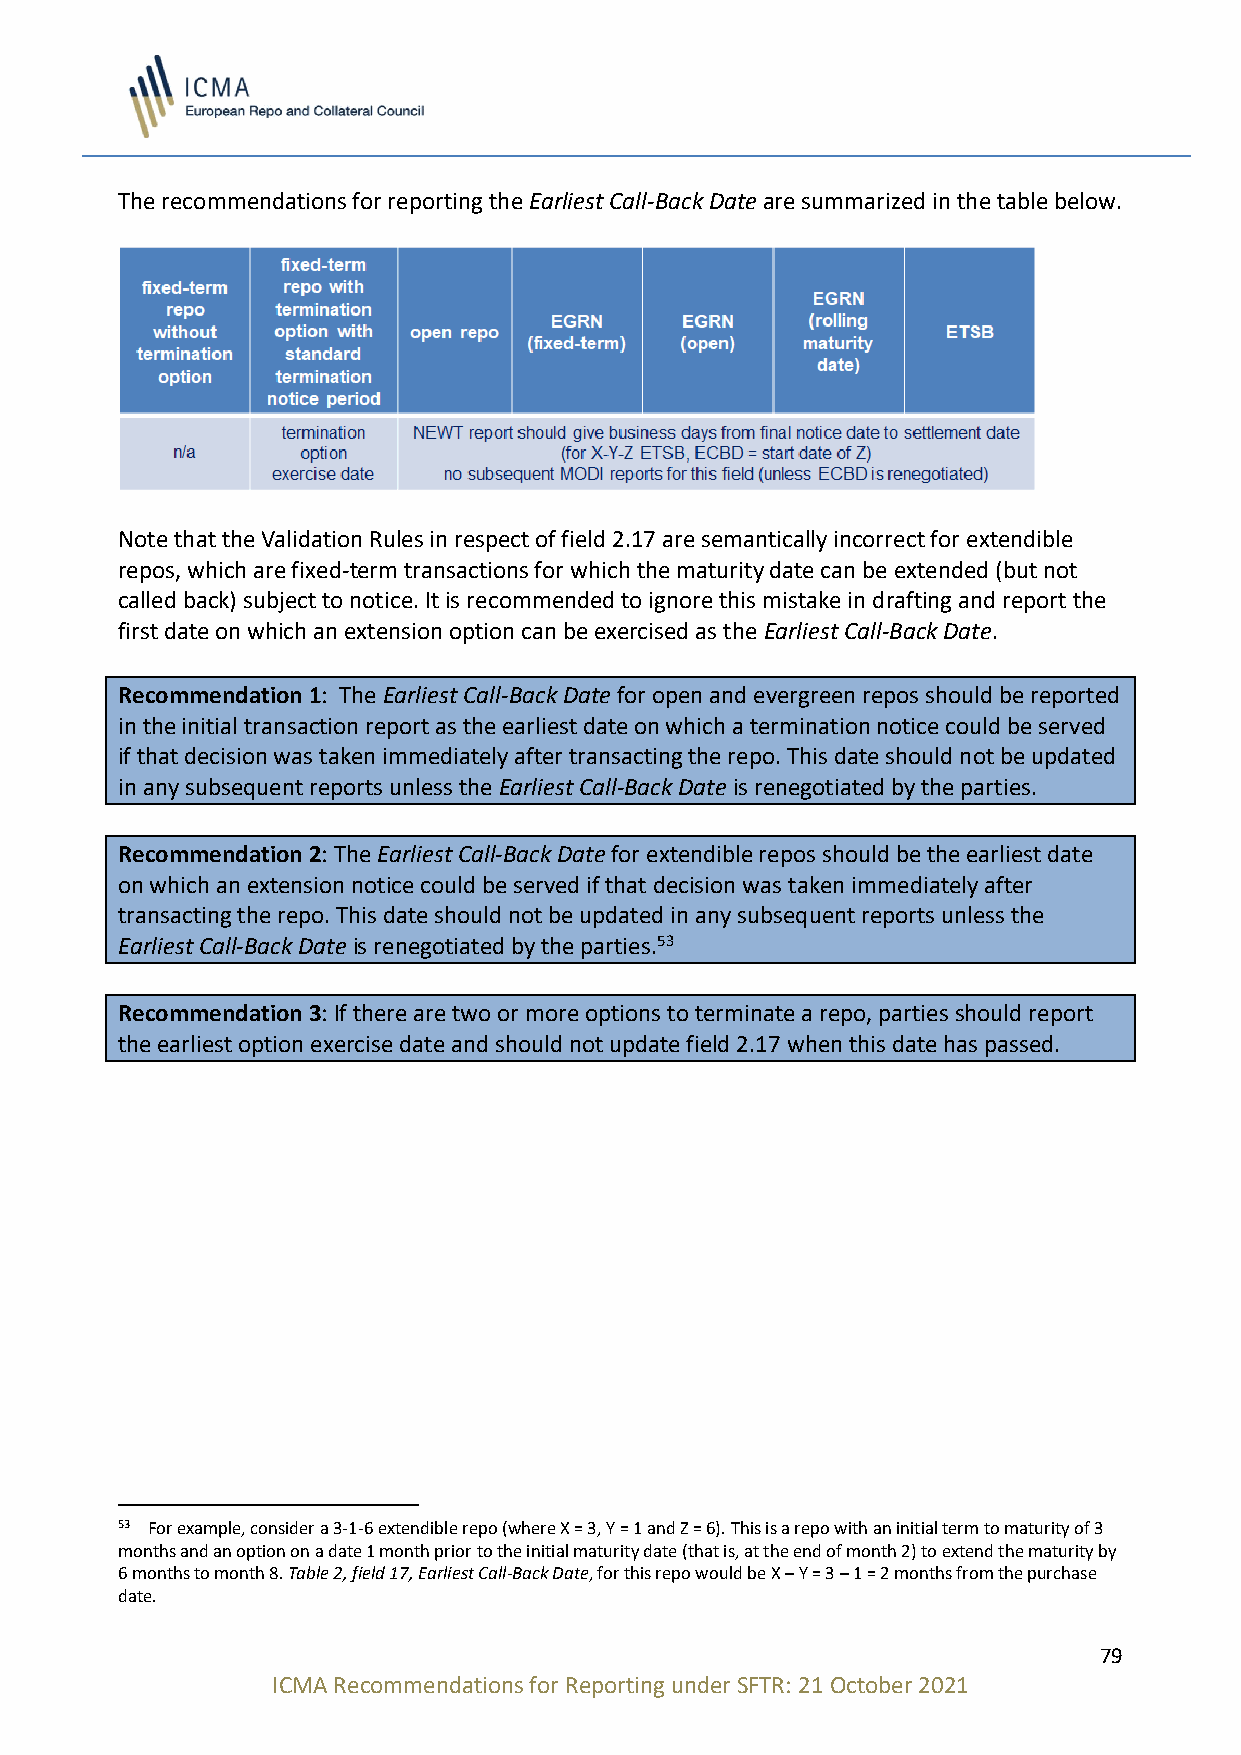
The recommendations for reporting the Earliest Call-Back Date are summarized in the table below.
 Note that the Validation Rules in respect of field 2.17 are semantically incorrect for extendible
 repos, which are fixed-term transactions for which the maturity date can be extended (but not
 called back) subject to notice. It is recommended to ignore this mistake in drafting and report the
 first date on which an extension option can be exercised as the Earliest Call-Back Date.
 Recommendation 1: The Earliest Call-Back Date for open and evergreen repos should be reported
 in the initial transaction report as the earliest date on which a termination notice could be served
 if that decision was taken immediately after transacting the repo. This date should not be updated
 in any subsequent reports unless the Earliest Call-Back Date is renegotiated by the parties.
 Recommendation 2: The Earliest Call-Back Date for extendible repos should be the earliest date
 on which an extension notice could be served if that decision was taken immediately after
 transacting the repo. This date should not be updated in any subsequent reports unless the
 Earliest Call-Back Date is renegotiated by the parties.53
 Recommendation 3: If there are two or more options to terminate a repo, parties should report
 the earliest option exercise date and should not update field 2.17 when this date has passed.
 53 For example, consider a 3-1-6 extendible repo (where X = 3, Y = 1 and Z = 6). This is a repo with an initial term to maturity of 3
 months and an option on a date 1 month prior to the initial maturity date (that is, at the end of month 2) to extend the maturity by
 6 months to month 8. Table 2, field 17, Earliest Call-Back Date, for this repo would be X – Y = 3 – 1 = 2 months from the purchase
 date.
 79
 ICMA Recommendations for Reporting under SFTR: 21 October 2021